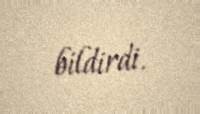
bildirdi.